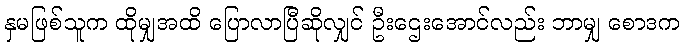
နှမဖြစ်သူက ထိုမျှအထိ ပြောလာပြီဆိုလျှင် ဦးဌေးအောင်လည်း ဘာမျှ စောဒက